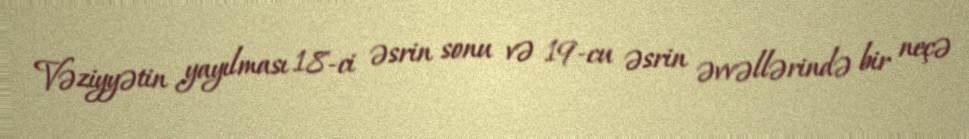
Vəziyyətin yayılması 18-ci əsrin sonu və 19-cu əsrin əvvəllərində bir neçə